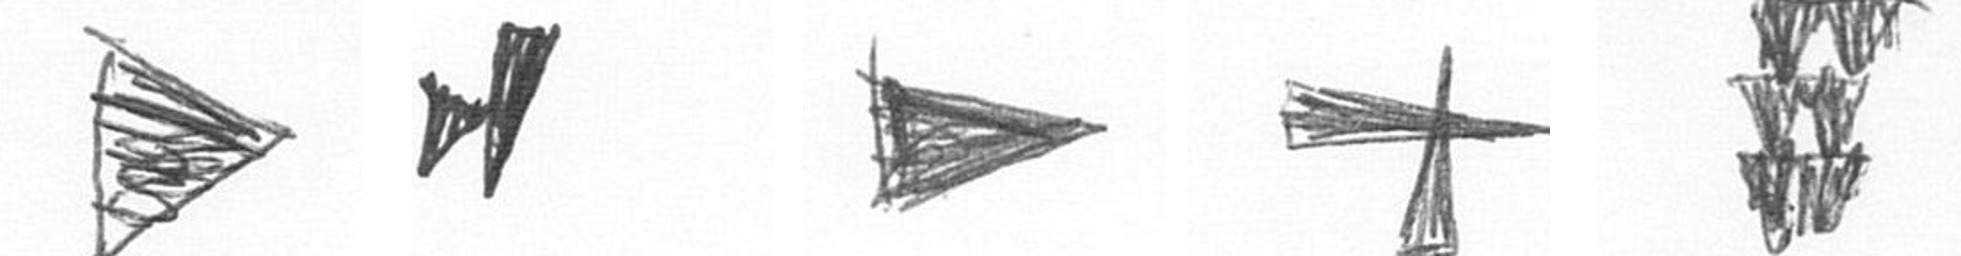
T M T G Y